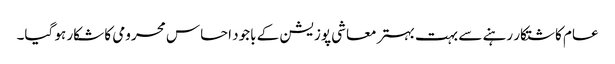
عام کاشتکار رہنے سے بہت بہتر معاشی پوزیشن کے باجود احساس محرومی کا شکار ہو گیا۔